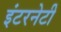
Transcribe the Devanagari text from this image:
इंटरनेटी